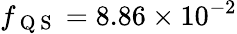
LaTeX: f_{\mathrm{~Q~S~}}=8.86\times 10^{-2}